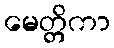
မေတ္တိကာ